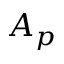
A _ { p }